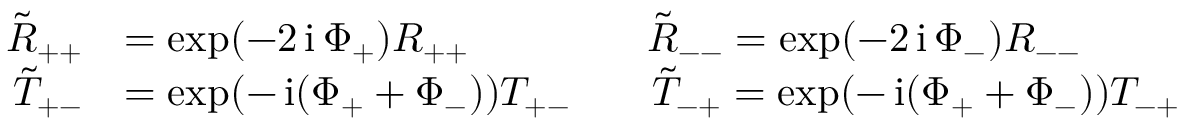
\begin{array} { r l } { \tilde { R } _ { + + } } & { = \exp ( - 2 \operatorname { i } \Phi _ { + } ) R _ { + + } \qquad \qquad \ \tilde { R } _ { -- } = \exp ( - 2 \operatorname { i } \Phi _ { - } ) R _ { -- } } \\ { \qquad \tilde { T } _ { + - } } & { = \exp ( - \operatorname { i } ( \Phi _ { + } + \Phi _ { - } ) ) T _ { + - } \qquad \tilde { T } _ { - + } = \exp ( - \operatorname { i } ( \Phi _ { + } + \Phi _ { - } ) ) T _ { - + } } \end{array}